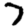
Digit: 7